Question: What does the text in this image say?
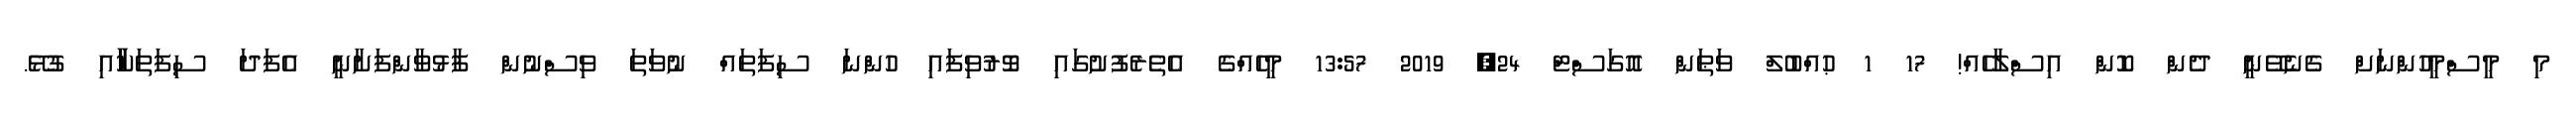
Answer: މި މީސްމީހުންނަށް ގެނެވޭނީ ދެން ކޮން އިސްލާހެއް! 17 1 ޙުއްބުލް ވަޠަން އޮގަސްޓް 24, 2019 13:57 މީހެއްގެ އެތެރެފުށުގައި ވޮރުވިފައި ހުންނަ ސިފަތައް ނުވަތަ ވިސްނުން ފާޅުވާންފަށާނީ އެފަދަ ސިފަތަކާާާާއި ގުޅޭ.